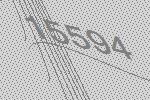
15594